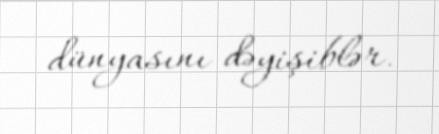
dünyasını dəyişiblər.